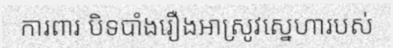
ការពារ បិទបាំងរឿងអាស្រូវស្នេហារបស់